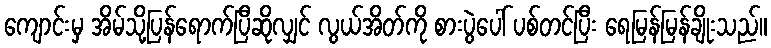
ကျောင်းမှ အိမ်သို့ပြန်ရောက်ပြီဆိုလျှင် လွယ်အိတ်ကို စားပွဲပေါ် ပစ်တင်ပြီး ရေမြန်မြန်ချိုးသည်။